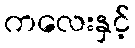
ကလေးနှင့်